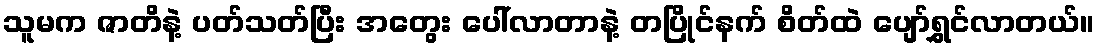
သူမက ဇာတိနဲ့ ပတ်သတ်ပြီး အတွေး ပေါ်လာတာနဲ့ တပြိုင်နက် စိတ်ထဲ ပျော်ရွှင်လာတယ်။